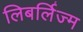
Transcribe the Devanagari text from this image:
लिबर्लिज्म